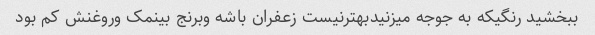
ببخشید رنگیکه به جوجه میزنیدبهترنیست زعفران باشه وبرنج بینمک وروغنش کم بود